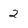
Character: 2